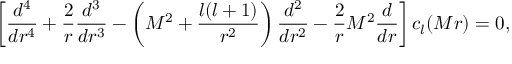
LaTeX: \left[ { \frac { d ^ { 4 } } { d r ^ { 4 } } } + { \frac { 2 } { r } } { \frac { d ^ { 3 } } { d r ^ { 3 } } } - \left( M ^ { 2 } + { \frac { l ( l + 1 ) } { r ^ { 2 } } } \right) { \frac { d ^ { 2 } } { d r ^ { 2 } } } - { \frac { 2 } { r } } M ^ { 2 } { \frac { d } { d r } } \right] c _ { l } ( M r ) = 0 ,